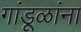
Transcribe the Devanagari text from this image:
गांडूळांना